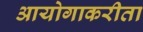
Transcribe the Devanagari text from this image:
आयोगाकरीता